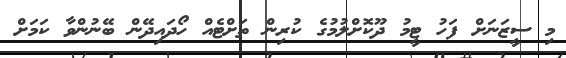
މި ސީޒަނަށް ފަހު ޓީމު ދޫކޮށްލުމުގެ ކުރިން ތަށްޓެއް ހޯދައިދޭން ބޭނުންވާ ކަމަށް